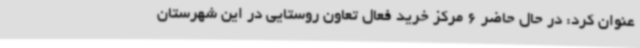
عنوان کرد: در حال حاضر 6 مرکز خرید فعال تعاون روستایی در این شهرستان